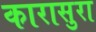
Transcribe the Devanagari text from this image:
कारासुरा